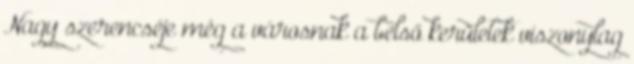
Nagy szerencséje még a városnak a belső kerületek viszonylag